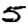
Digit: 5